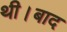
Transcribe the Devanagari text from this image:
थी।बाद